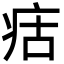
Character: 㽽